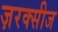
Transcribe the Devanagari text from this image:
ज़रक्सीज